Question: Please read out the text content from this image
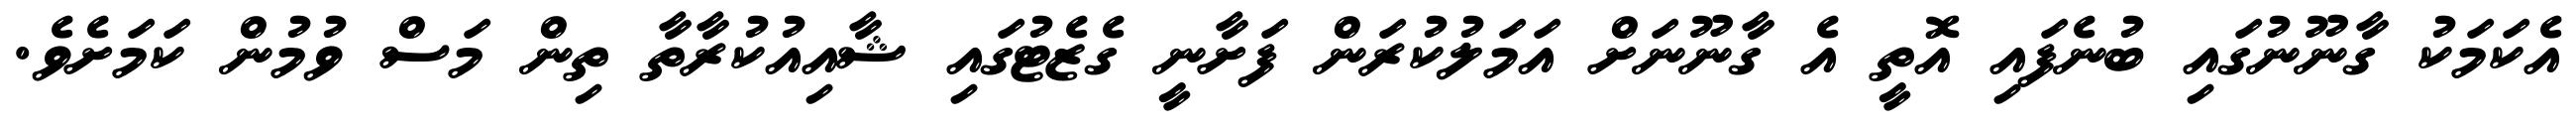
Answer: އެކަމަކު ގާނޫނުގައި ބުނެފައި އޮތީ އެ ގާނޫނަށް އަމަލުކުރަން ފަށާނީ ގެޒެޓުގައި ޝާއިއުކުރާތާ ތިން މަސް ވުމުން ކަމަށެވެ.